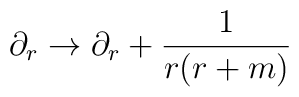
\partial_r\rightarrow\partial_r + \frac{1}{r(r+m)}